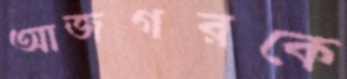
আজগরকে